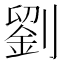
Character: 劉